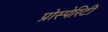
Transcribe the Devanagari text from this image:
प्रोस्पेरिटी